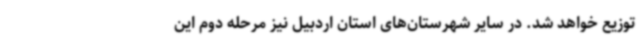
توزیع خواهد شد. در سایر شهرستان‌های استان اردبیل نیز مرحله دوم این